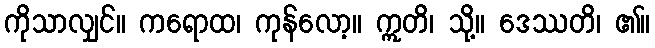
ကိုသာလျှင်။ ကရောထ၊ ကုန်လော့။ ဣတိ၊ သို့။ ဒေဿတိ၊ ၏။